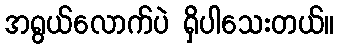
အရွယ်လောက်ပဲ ရှိပါသေးတယ်။